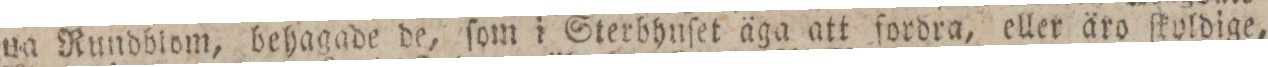
na Rundblom, behagade de, ſom i Sterbhuſet äga att fordra, eller äro ſkoldige,